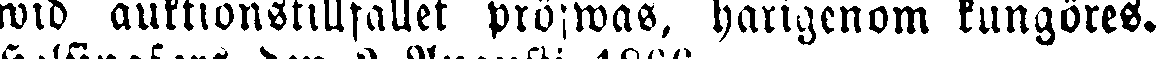
wid auktionstillfället pröfwas, härigenom kungöres.